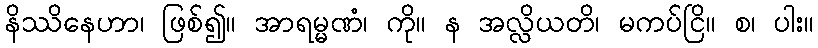
နိဿိနေဟာ၊ ဖြစ်၍။ အာရမ္မဏံ၊ ကို။ န အလ္လိယတိ၊ မကပ်ငြိ။ စ၊ ပါး။